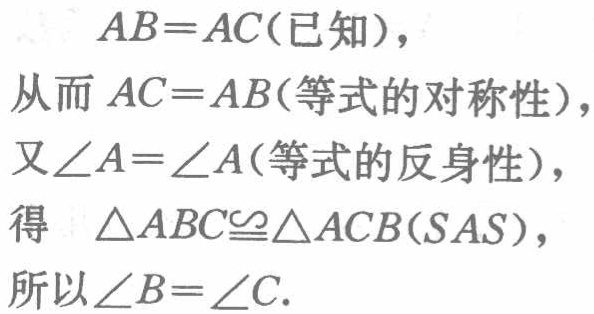
\(AB = AC(\text{已知})\)，

从而 \(AC = AB(\text{等式的对称性})\)，

又\(\angle A=\angle A(\text{等式的反身性})\)，

得 \(\triangle ABC\cong\triangle ACB(SAS)\)，

所以\(\angle B=\angle C\).